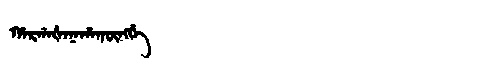
Manchu: ᡥᠠᡵᡤᠠᡧᠠᠨᠠᡥᠠᡴᡡᠩᡤᡝ
Romanization: HARGAŠANAHAKŪNGGE